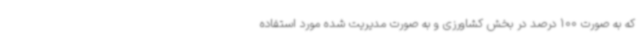
که به صورت 100 درصد در بخش کشاورزی و به صورت مدیریت شده مورد استفاده